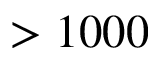
> 1 0 0 0